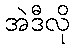
အဲဒီလို